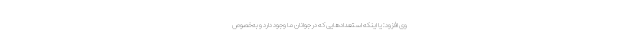
وی افزود: یا اینکه استعدادهایی که در جوانان ما وجود دارد و به‌خصوص